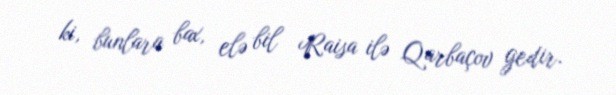
ki, bunlara bax, elə bil Raisa ilə Qarbaçov gedir.